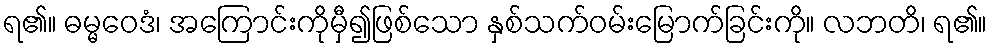
ရ၏။ ဓမ္မဝေဒံ၊ အကြောင်းကိုမှီ၍ဖြစ်သော နှစ်သက်ဝမ်းမြောက်ခြင်းကို။ လဘတိ၊ ရ၏။